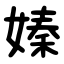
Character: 嫀